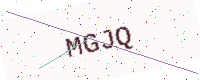
Text: MGJQ